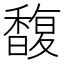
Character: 馥